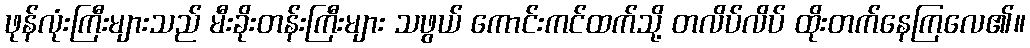
ဖုန်လုံးကြီးများသည် မီးခိုးတန်းကြီးများ သဖွယ် ကောင်းကင်ထက်သို့ တလိပ်လိပ် ထိုးတက်နေကြလေ၏။